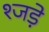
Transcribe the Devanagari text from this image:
श्जड़े